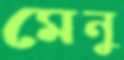
মেনু